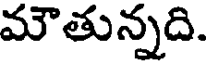
మౌతున్నది.